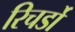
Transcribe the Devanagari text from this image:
रिचर्डो